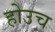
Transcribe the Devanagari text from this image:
होउच